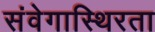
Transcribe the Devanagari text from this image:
संवेगास्थिरता